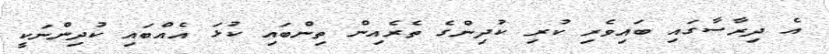
އެ ދިރާސާގައި ބައިވެރި ކުރި ކުދިންގެ ތެރެއިން ތިންބައި ކުޅަ އެއްބައި ކުދިންނަކީ